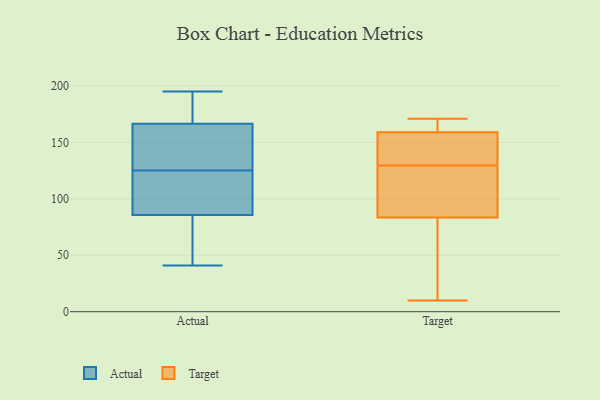
{"axis": {"x": "Customer Acquisition Cost (USD)", "y": "Value"}, "legend": ["Actual", "Target"], "data": [{"x": "", "y": 41, "type": "Actual"}, {"x": "", "y": 154, "type": "Actual"}, {"x": "", "y": 131, "type": "Actual"}, {"x": "", "y": 195, "type": "Actual"}, {"x": "", "y": 164, "type": "Actual"}, {"x": "", "y": 79, "type": "Actual"}, {"x": "", "y": 185, "type": "Actual"}, {"x": "", "y": 174, "type": "Actual"}, {"x": "", "y": 94, "type": "Actual"}, {"x": "", "y": 185, "type": "Actual"}, {"x": "", "y": 108, "type": "Actual"}, {"x": "", "y": 79, "type": "Actual"}, {"x": "", "y": 125, "type": "Actual"}, {"x": "", "y": 145, "type": "Actual"}, {"x": "", "y": 118, "type": "Actual"}, {"x": "", "y": 48, "type": "Actual"}, {"x": "", "y": 88, "type": "Actual"}, {"x": "", "y": 160, "type": "Target"}, {"x": "", "y": 114, "type": "Target"}, {"x": "", "y": 130, "type": "Target"}, {"x": "", "y": 74, "type": "Target"}, {"x": "", "y": 125, "type": "Target"}, {"x": "", "y": 81, "type": "Target"}, {"x": "", "y": 46, "type": "Target"}, {"x": "", "y": 129, "type": "Target"}, {"x": "", "y": 158, "type": "Target"}, {"x": "", "y": 145, "type": "Target"}, {"x": "", "y": 167, "type": "Target"}, {"x": "", "y": 10, "type": "Target"}, {"x": "", "y": 142, "type": "Target"}, {"x": "", "y": 171, "type": "Target"}, {"x": "", "y": 162, "type": "Target"}, {"x": "", "y": 86, "type": "Target"}]}